Eesti_Toorahva_Kommuun, lk 42
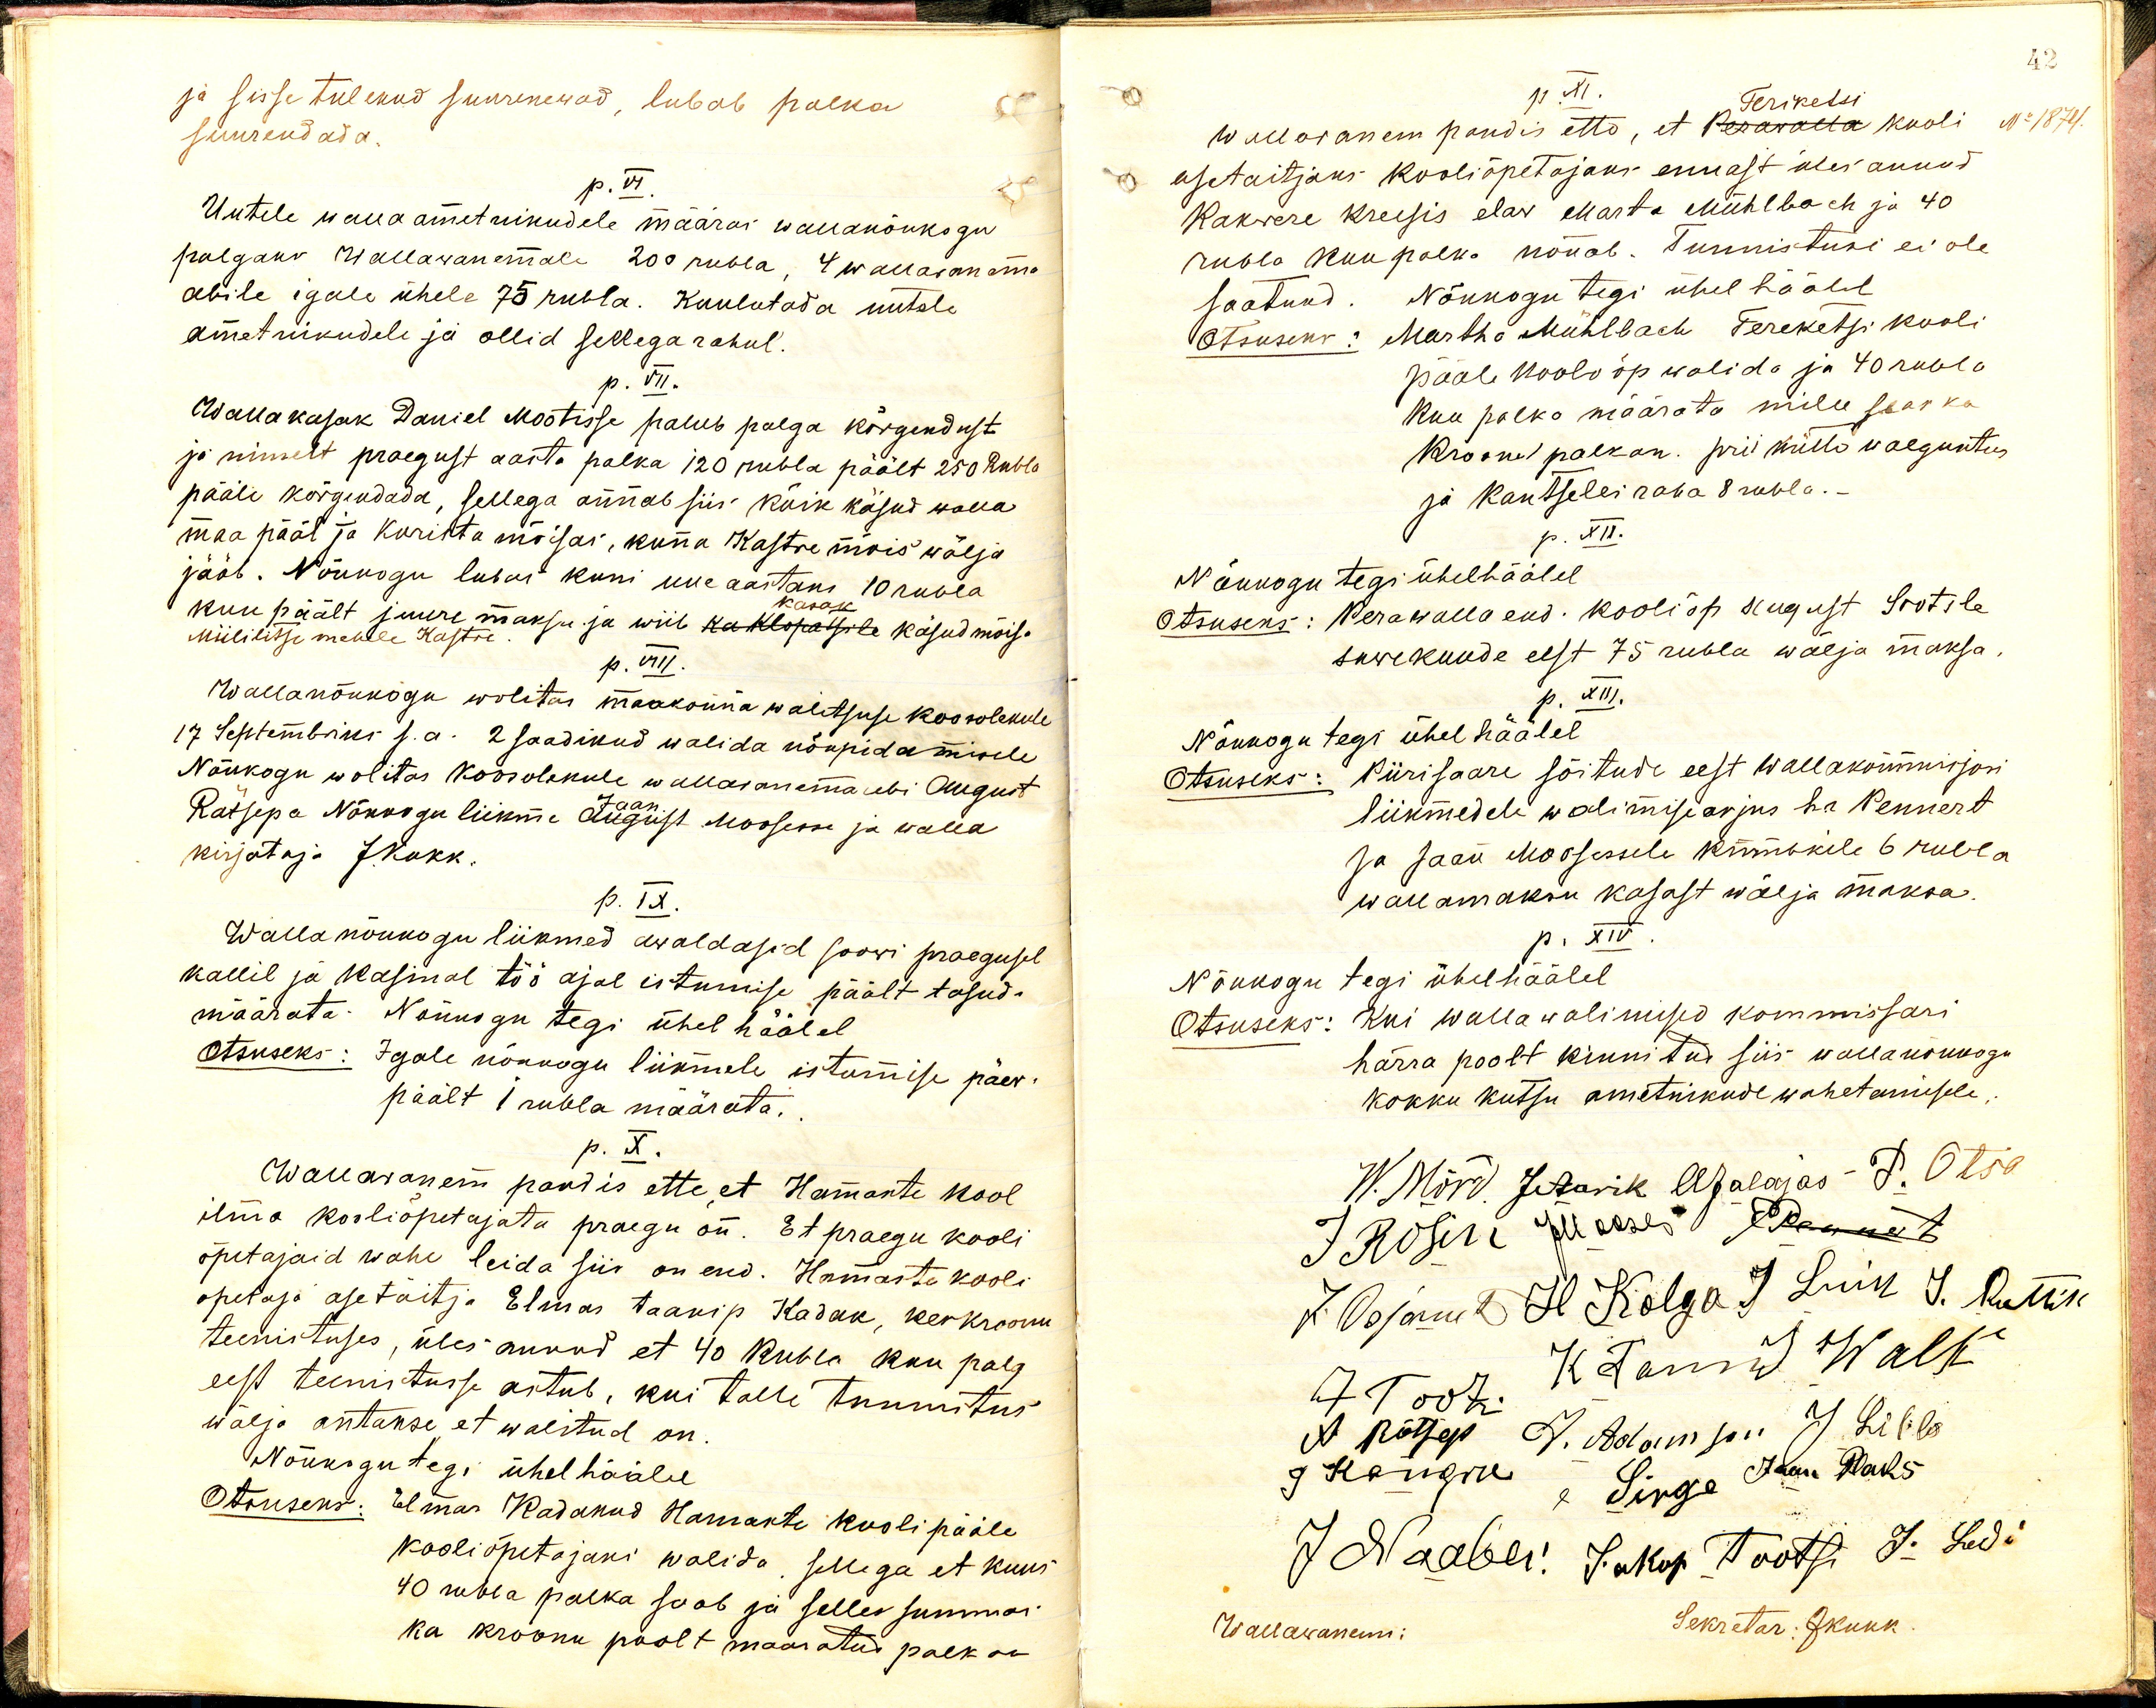
ja sisse tulekud suurenewad, lubab palka
suurendada.
p. VI.
Uutele wallaametnikudele määras wallanõukogu
palgaks Wallawanemale 200 rubla, 4 wallawanema
abile igale ühele 75 rubla. Kuulutada uutele
ametnikudele ja ollid sellega rahul.
p. VII.
Walla kasak Daniel Mootisse palub palga kõrgendust
ja nimelt praegust aasta palka 120 rubla päält 250 Rubla
pääle kõrgendada, sellega annab siis kõik käsud walla
maa pääl ja Kurista mõisas, kuna Kastre mõis wälja
jääb. Nõukogu lubas kuni uue aastani 10 rubla
kuu päält juure maksu ja wiib ka Klopatsile käsud mõisa
Miililisse mehele Kastre.
p. VIII.
Wallanõukogu wolitas maakonna walitsuse koosolekule
17 Septembriks s.a. 2 saadikud walida nõupidamisele
Nõukogu wolitas koosolekule wallawanema abi August
Rätsepa Nõukogu liikme August Moosesse ja walla
kirjutaja JKukk.
p. IX.
Walla nõukogu liikmed awaldasid soowi praegusel
kallil ja kasimal töö ajal istumise päält tasud.
määrata. Nõukogu tegi ühel häälel
Otsuseks: Igale nõukogu liikmele istumise päew.
päält 1 rubla määrata.
p. X.
Wallawanem pandis ette et Hamaste kool
ilma kooliõpetajata praegu on. Et praegu kooli
õpetajaid wähe leida siis on end. Hamaste kooli
õpetaja asetäitja Elmas Jaanip Kadak, kes kroonu
teenistuses, üles annud et 40 Rubla kuu palg
eest teenistusse astub, kui talle tunnitus
wälja antakse et walitud on
Nõukogu tegi ühel hääle
Otsuseks: Elmas Kadakud Hamaste kooli pääle
kooliõpetajani walida. Sellega et kuus
40 rubla palka saab ja selles summas
ka kroonu poolt maaratud palk on

42
p. XI.
No 1874.
Wallawanem pandis ette, et Perawalla kooli
asetäitjaks kooliõpetajaks ennast üles annud
Rakwere Kreisis elaw Marta Mühlbach ja 40
rubla kuupalka nõuab. Tunnistusi ei ole
saatnud. Nõukogu tegi ühel häälel
Otsuseks: Martha Mühlbach Tereketsi kooli
pääle kooli õp walida ja 40 rubla
Kuu palka määrata mille seas ka
Kroonu palk on, prii kütte walgustus
ja kantselei raha 8 rubla.-
p. XII.
Nõukogu tegi ühel häälel
Otsuseks: Perawalla eks. Kooliõp sugust Protile
suwekuude eest 75 rubla wälja maksa.
p. XIII.
Nõukogu tegi ühel häälel
Otsuseks: Piirisaare sõitude eest wallakommisjoni
liikmedele walimise asjus ka Pennert
ja Jaan Moosessele kumakile 6 rubla
wallamaksu kasast wälja maksa,
p. XIV.
Nõukogu tegi ühel häälel
Otsuseks: Kui walla walimised kommissari
härra poolt kinnitud siis wallanõukogu
kokku kutsu ametnikude wahetamisele
W. Mörd. JAawik Abalamas - P. Otsa
I Rosiri Joosep E. Rennat
7 Oskum t Il Kolga J Luik J. Rutak
K Tannid Walt
7 Tootu.
A põtjep J. Adamson J Lihl
9 Kangiu Sirge Jaan Raks
J Naabeli: Sukop Tootsi J. Ludi
Wallawanem:
Sekretar: J Kukk